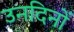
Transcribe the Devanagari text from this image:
उनदिनों